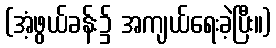
(အံ့ဖွယ်ခန်း၌ အကျယ်ရေးခဲ့ပြီး။)